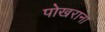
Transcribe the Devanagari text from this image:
पोखराना